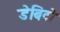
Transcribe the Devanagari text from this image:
डेबिटो